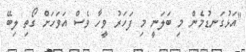
"އަޅުގަނޑުމެން މި ބަލަނީ މި ފަހަރު ވީހާ ވެސް އަވަހަށް ގޯތި ލިބޭ